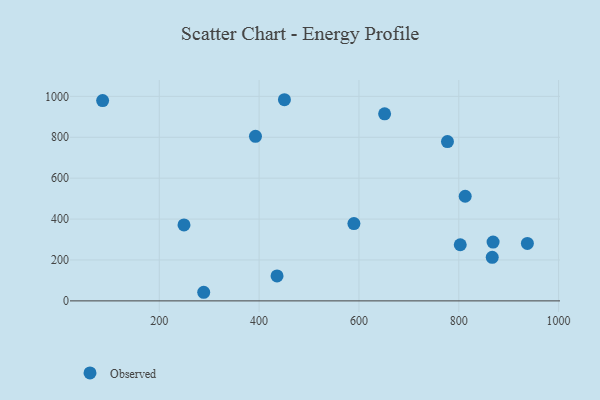
{"axis": {"x": "Speed", "y": "Yield"}, "legend": ["Observed"], "data": [{"x": "867.0", "y": 213.1, "type": "Observed"}, {"x": "868.7", "y": 287.6, "type": "Observed"}, {"x": "937.4", "y": 281.2, "type": "Observed"}, {"x": "802.9", "y": 274.6, "type": "Observed"}, {"x": "435.9", "y": 122.2, "type": "Observed"}, {"x": "86.5", "y": 979.6, "type": "Observed"}, {"x": "392.7", "y": 804.6, "type": "Observed"}, {"x": "450.7", "y": 983.6, "type": "Observed"}, {"x": "249.5", "y": 371.4, "type": "Observed"}, {"x": "289.0", "y": 42.1, "type": "Observed"}, {"x": "589.9", "y": 378.0, "type": "Observed"}, {"x": "812.8", "y": 511.7, "type": "Observed"}, {"x": "777.3", "y": 778.8, "type": "Observed"}, {"x": "651.4", "y": 914.5, "type": "Observed"}]}